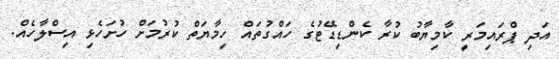
އަދި ޕްރައިމަރީ ކާމިޔާބު ކުރާ ކެންޑިޑޭޓުގެ ހައްގުތައް ހިމާޔަތް ކުރުމަށް ހުށަހެޅި އިސްލާހެއް.